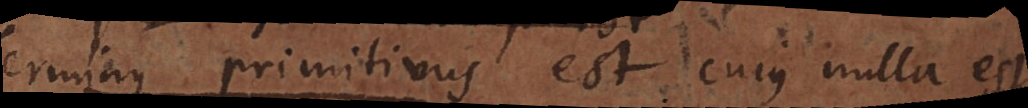
Terminus primitivus est cujus nulla est